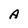
Character: A